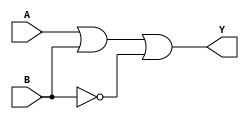
module xor_gate(
    input A,
    input B,
    output Y
);

wire inv_B;
assign inv_B = ~B;

// Three transmission gates connected in parallel
assign Y = A | B | inv_B;

endmodule